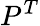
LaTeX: P^{T}